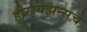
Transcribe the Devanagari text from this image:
होरायझन्सचे